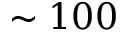
\sim 1 0 0